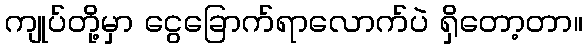
ကျုပ်တို့မှာ ငွေခြောက်ရာလောက်ပဲ ရှိတော့တာ။